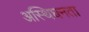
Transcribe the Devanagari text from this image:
अस्थिघनता